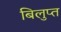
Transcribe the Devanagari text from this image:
बिलुप्त